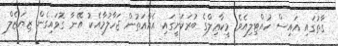
ގާތުގައި އައިސް ހުއްޓިލިއެވެ. މީކާޢިލްގެ ބުރަކަށީގައި އެއްއަތުން ޖަހާލުމާއެކު އޭނާ ގޮވައިގެން ޒިޔަޒެލް